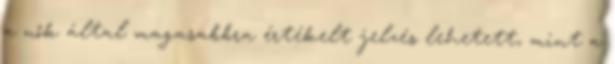
a nők által magasabbra értékelt jelzés lehetett, mint a